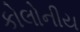
કોલોનીય